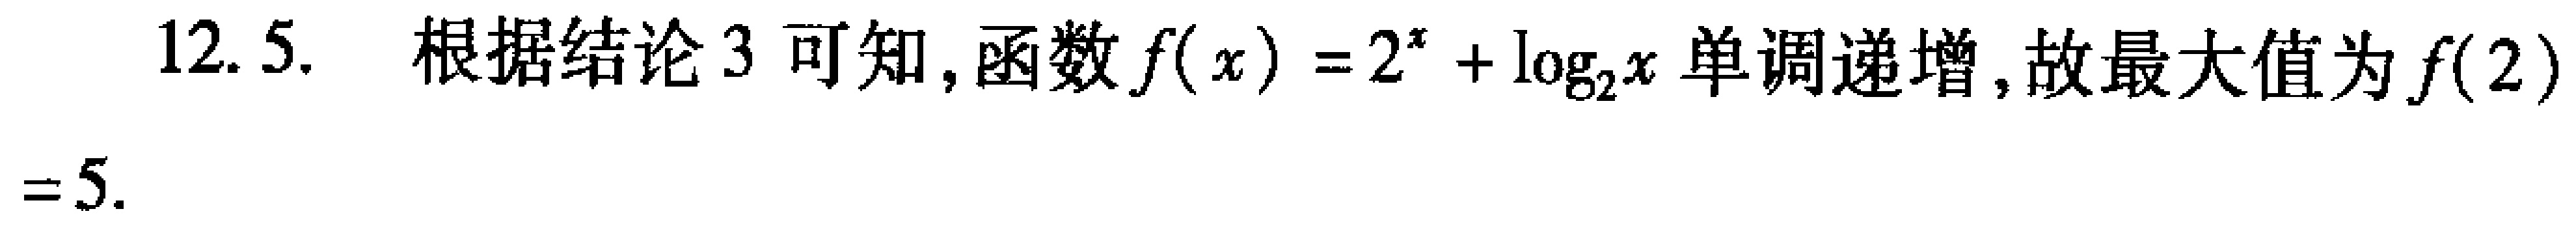
12.5. 根据结论3可知,函数\(f(x)=2^{x}+\log_{2}x\)单调递增,故最大值为\(f(2)=5\).